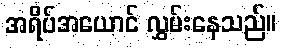
အရိပ်အယောင် လွှမ်းနေသည်။